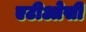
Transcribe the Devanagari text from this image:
एटीओसी